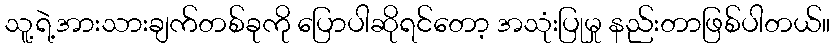
သူ့ရဲ့အားသားချက်တစ်ခုကို ပြောပါဆိုရင်တော့ အသုံးပြုမှု နည်းတာဖြစ်ပါတယ်။